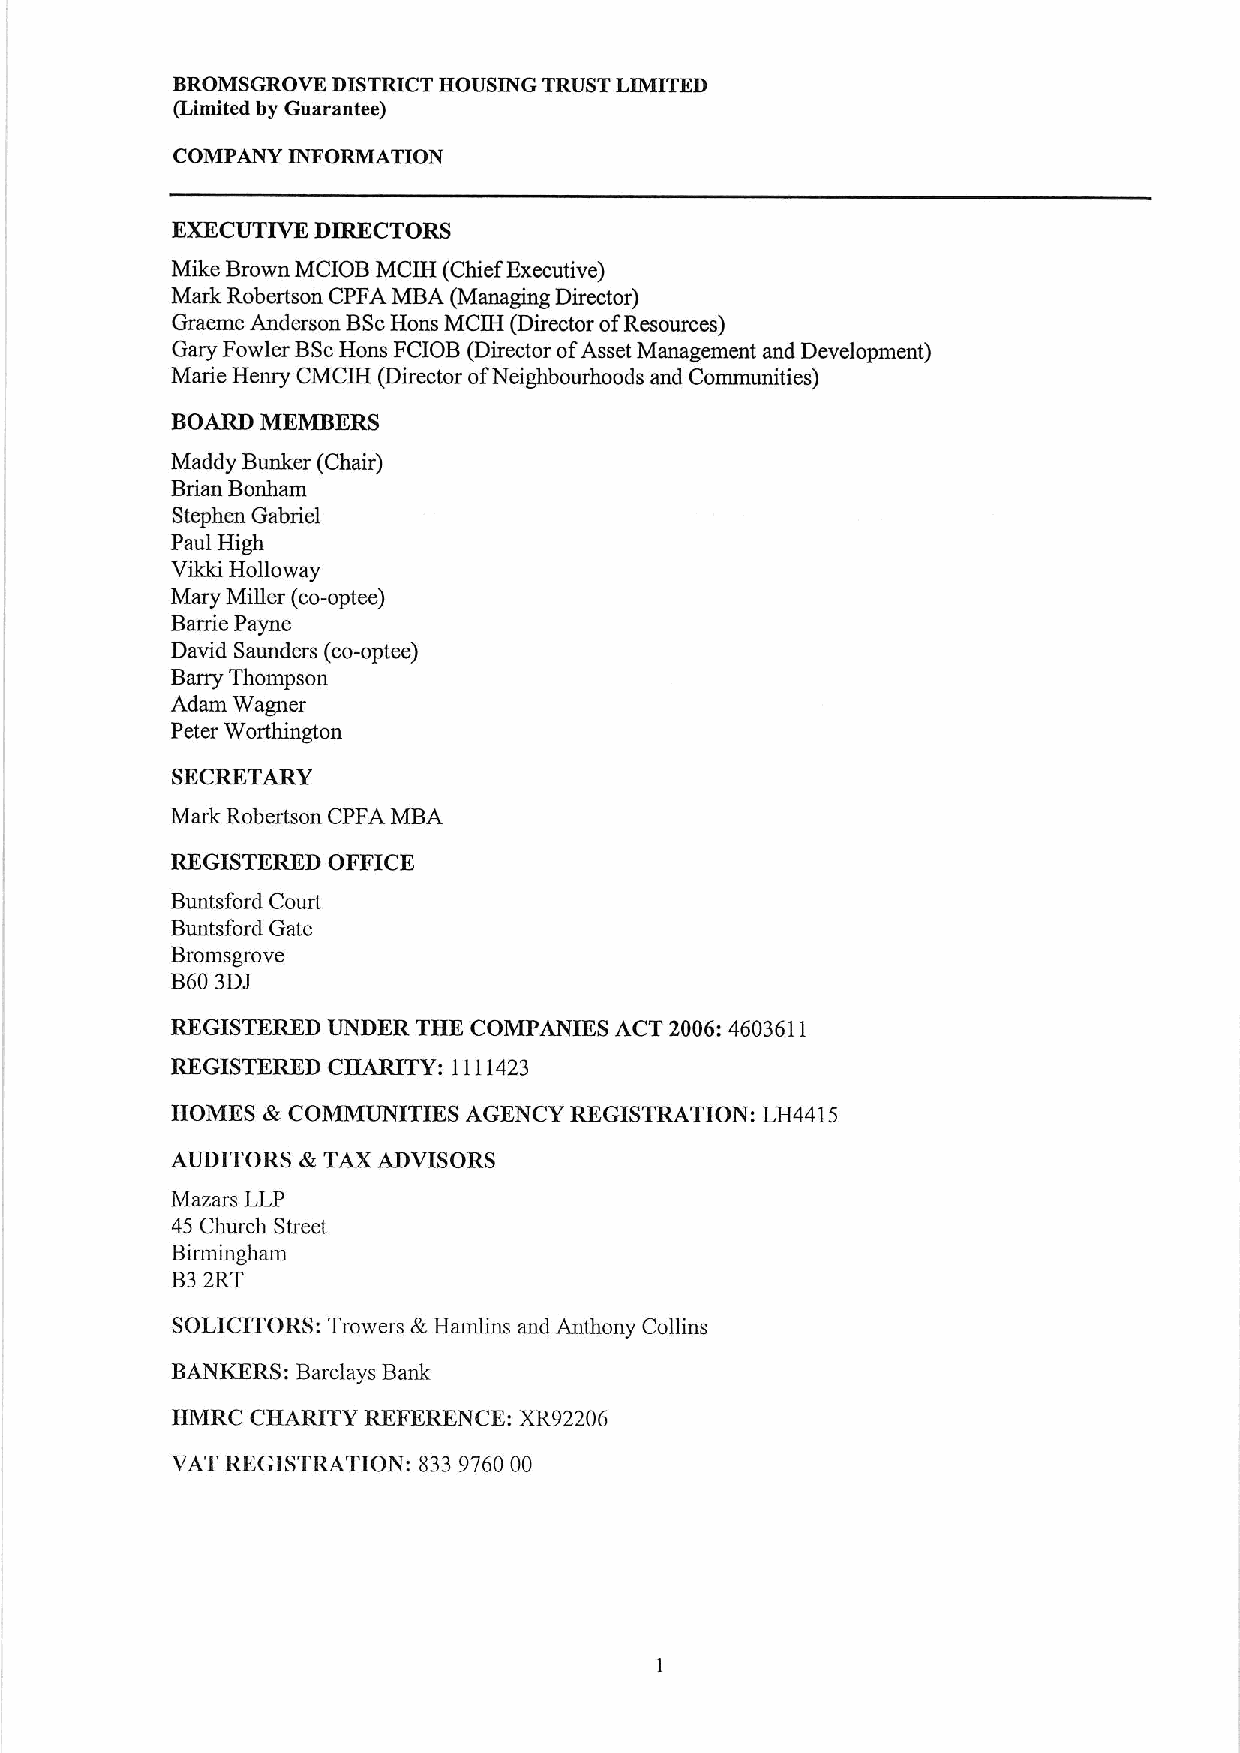
BROMSGROVE DISTRICT HOUSING TRUST LIMITED
 (Limited by Guarantee)
 COMPANY INFORMATION
 EXECUTIVE DIRECTORS
 Mike Brown MCIOB MCIH (Chief Executive)
 Mark Robertson CPFA MBA (Managing Director)
 Graeme Anderson BScHons MCIH (Director ofResources)
 Gary Fowler BScHons FCIOB (Director ofAsset Management and Development)
 Marie Henry CMCIH (Director ofNeighbourhoods and Communities)
 BOARD MEMBERS
 Maddy Bunker (Chair)
 Brian Bonham
 Stephen Gabriel
 Paul High
 Vikki Hollo way
 Mary Miller (co-optee)
 Barrie Payne
 David Saunders (co-optee)
 Barry Thompson
 Adam Wagner
 Peter Worthington
 SECRETARY
 Mark Robertson CPFA MBA
 REGISTERED OFFICE
 Buntsford Court
 Buntsford Gate
 Bromsgrove
 B603DJ
 REGISTERED UNDER THE COMPANIES ACT 2006:4603611
 REGISTERED CHARITY: 1111423
 HOMES &COMMUNITIKS  AGENCY REGISTRATION: LH4415
 AUDITORS &TAX ADVISORS
 Mazars LLP
 45 Church Street
 Birmingham
 B32RT
 SOLICITORS: Trowers &Hamlins and Anthony Collins
 BANKERS: Barclays Bank
 HMRC  CHARITY REFERENCE: XR92206
 VAT REGISTRATION: 833 976000